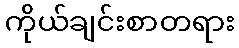
ကိုယ်ချင်းစာတရား